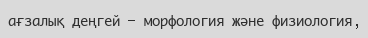
ағзалық деңгей — морфология және физиология,